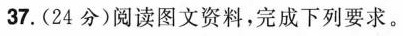
37.(24分)阅读图文资料，完成下列要求。